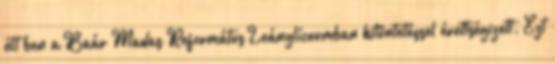
élt ben a Baár–Madas Református Leánylíceumban kitüntetéssel érettségizett. Ezt